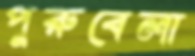
পুরুবেলা